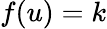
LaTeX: f(u)=k